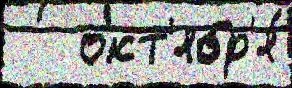
   окт'ябр'я́